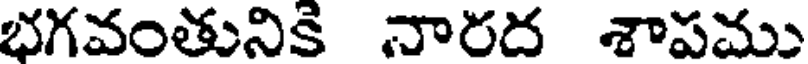
భగవంతునికి నారద శాపము